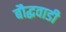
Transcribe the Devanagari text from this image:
बौद्धवाडी